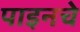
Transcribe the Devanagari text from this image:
पाइनचे